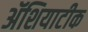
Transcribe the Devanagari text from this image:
ॲशियाटीक